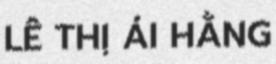
LÊ THỊ ÁI HẰNG